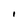
Character: i